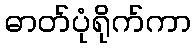
ဓာတ်ပုံရိုက်ကာ